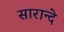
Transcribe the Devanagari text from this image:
सारान्दे